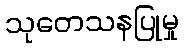
သုတေသနပြုမှု